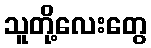
သူတို့လေးတွေ